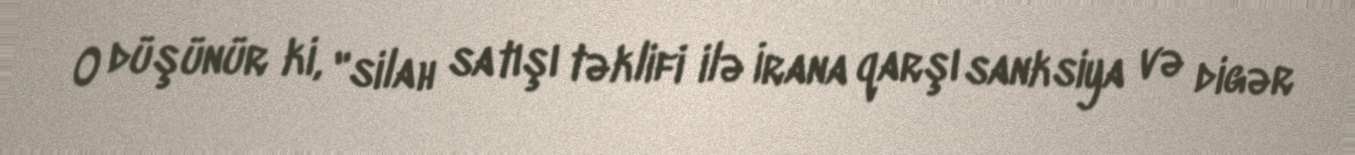
O düşünür ki, "silah satışı təklifi ilə İrana qarşı sanksiya və digər